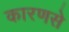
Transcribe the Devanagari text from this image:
कारणसे